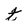
Character: t